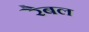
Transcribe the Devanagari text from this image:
रैबल